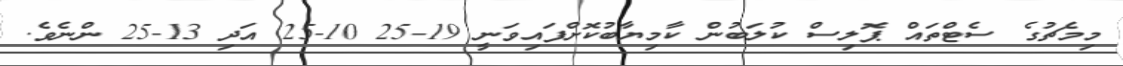
މިމެޗުގެ ސެޓްތައް ޕޮލިސް ކުލަބުން ކާމިޔާބުކޮށްފައިވަނީ 19-25 10-25 އަދި 13-25 ންނެވެ.